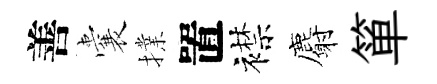
善囊擈置襟麝箪